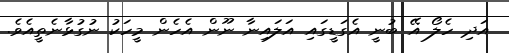
އަދި ހެލޯ އޭ ބުނީ އެގަޑީގައި އަލައިނާ ނޫން އެހެން މީހަކު ނުގުޅާނެތީއެވެ.